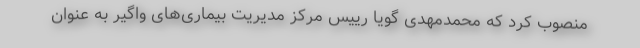
منصوب کرد که محمدمهدی گویا رییس مرکز مدیریت بیماری‌های واگیر به عنوان